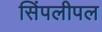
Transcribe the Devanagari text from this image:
सिंपलीपल